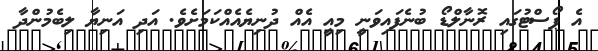
އެ ޕޯސްޓުގައި ރޮނާލްޑޯ ބުނެފައިވަނީ މިއީ އެއް ދުނިޔެއެއްކަމަށެވެ. އަދި އަނިޔާ ލިބެމުންދާ